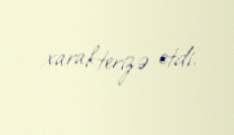
xarakterizə etdi.